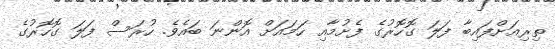
ތިރިއަށްފައިބާ ފަލަ ގޮހޮރުގެ ފެށުމާއި ހަމައަށް އޮންނަ ބައެވެ. ހުރަސް ފަލަ ގޮހޮރުގެ